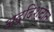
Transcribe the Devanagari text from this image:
अद्दिश्टात